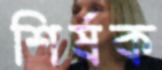
শির্ষক